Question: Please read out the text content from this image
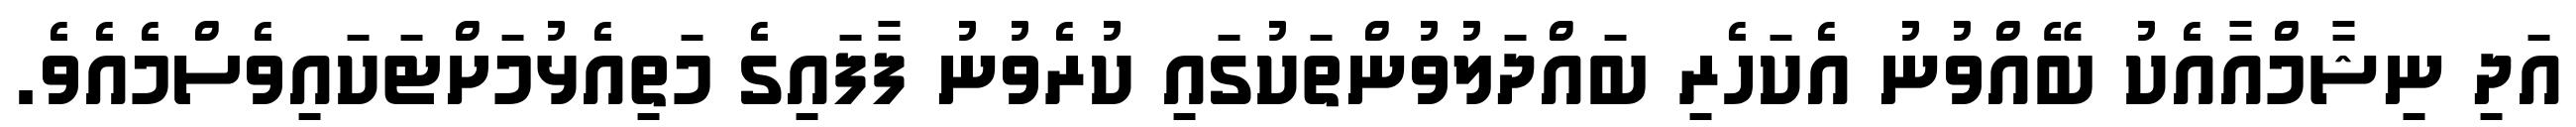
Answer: އަދި ނިޝާމްއާއެކު ބޭއްވުނު އެކަހެރި ބައްދަލުވުންތަކުގައި ކުރެވުނު ފާފައިގެ މަތިއެޅުމަށްޓަކައިވެސްމެއެވެ.